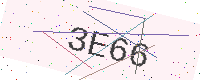
Text: 3E66